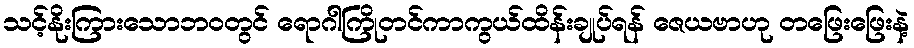
သင့်နိုးကြားသောဘဝတွင် ရောဂါကြိုတင်ကာကွယ်ထိန်းချုပ်ရန် ဇေယဗာဟု တဖြေးဖြေးနဲ့